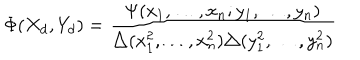
\Phi ( X _ { d } , Y _ { d } ) = \frac { \Psi ( x _ { 1 } , \ldots , x _ { n } ; y _ { 1 } , \ldots , y _ { n } ) } { \triangle ( x _ { 1 } ^ { 2 } , \ldots , x _ { n } ^ { 2 } ) \triangle ( y _ { 1 } ^ { 2 } , \ldots , y _ { n } ^ { 2 } ) }